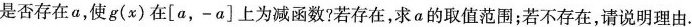
是否存在a，使g(x)在[a，-a]上为减函数?若存在，求a的取值范围；若不存在，请说明理由.